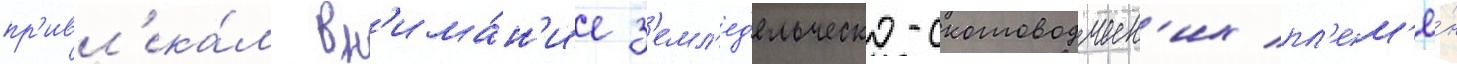
пр'ивл'ека́л вн'има́н'ие з'емл'ед'ельческо-скотоводческ'их пл'ем'ё́н